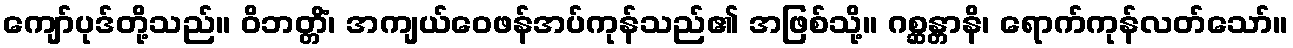
ကျော်ပုဒ်တို့သည်။ ဝိဘတ္တိံ၊ အကျယ်ဝေဖန်အပ်ကုန်သည်၏ အဖြစ်သို့။ ဂစ္ဆန္တာနိ၊ ရောက်ကုန်လတ်သော်။